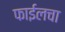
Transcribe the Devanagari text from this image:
फाईलचा